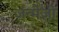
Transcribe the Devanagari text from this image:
जन्मेजी